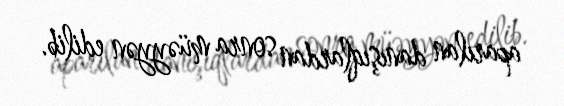
aparılan danışıqlardan sonra müəyyən edilib.